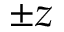
\pm z